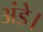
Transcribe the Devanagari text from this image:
अंडे।